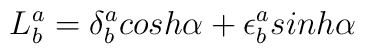
L^a_b= \delta^a_b cosh \alpha + \epsilon^a_b sinh \alpha